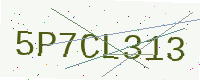
Text: 5P7CL313